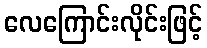
လေကြောင်းလိုင်းဖြင့်